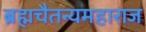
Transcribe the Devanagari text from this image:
ब्रह्मचैतन्यमहाराज